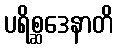
ပရိစ္ဆဒေနာတိ